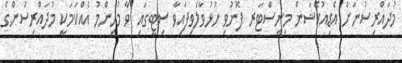
މުދައްރިސުނަށް އެޑިއުކޭޝަން މިނިސްޓަރ ފޮނުވިި ހުޅުވާލެވިފައިވާ ސިޓީގައި ވާ މުހިންމު އެއްކަމަކީ މުދައްރިސުންގެ